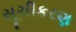
સૂચીકરણ